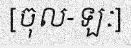
[ចុល-ឡៈ]